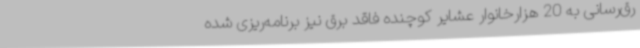
رق‌رسانی به 20 هزارخانوار عشایر کوچنده فاقد برق نیز برنامه‌ریزی شده